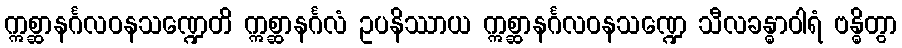
ဣစ္ဆာနင်္ဂလဝနသဏ္ဍေတိ ဣစ္ဆာနင်္ဂလံ ဥပနိဿာယ ဣစ္ဆာနင်္ဂလဝနသဏ္ဍေ သီလခန္ဓာဝါရံ ဗန္ဓိတွာ